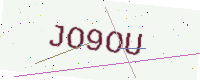
Text: JO9OU